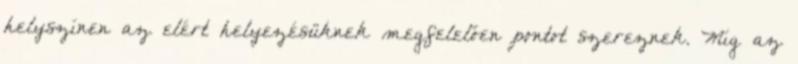
helyszínen az elért helyezésüknek megfelelően pontot szereznek. Míg az